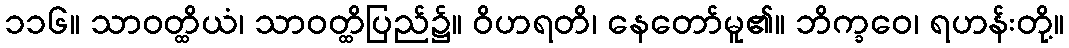
၁၁၆။ သာဝတ္ထိယံ၊ သာဝတ္ထိပြည်၌။ ဝိဟရတိ၊ နေတော်မူ၏။ ဘိက္ခဝေ၊ ရဟန်းတို့။